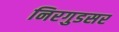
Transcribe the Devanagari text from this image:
निरगुडसर